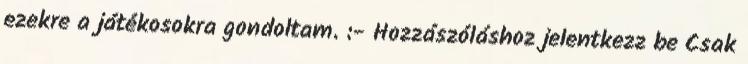
ezekre a játékosokra gondoltam. :- Hozzászóláshoz jelentkezz be Csak